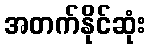
အတက်နိုင်ဆုံး